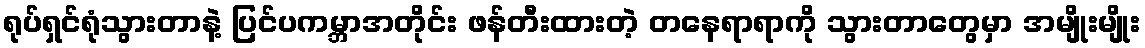
ရုပ်ရှင်ရုံသွားတာနဲ့ ပြင်ပကမ္ဘာအတိုင်း ဖန်တီးထားတဲ့ တနေရာရာကို သွားတာတွေမှာ အမျိုးမျိုး